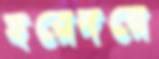
হরেদরে